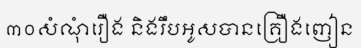
៣០សំណុំរឿង និងរឹបអូសបានគ្រឿងញៀន